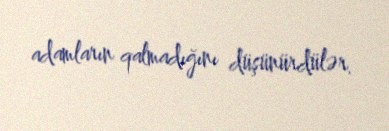
adamların qalmadığını düşünürdülər.